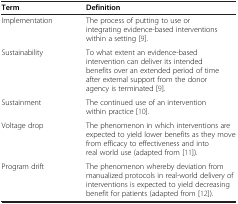
<table><thead><tr><td><b>Term</b></td><td><b>Definition</b></td></tr></thead><tbody><tr><td>Implementation</td><td>The process of putting to use or integrating evidence-based interventions within a setting [9].</td></tr><tr><td>Sustainability</td><td>To what extent an evidence-based intervention can deliver its intended benefits over an extended period of time after external support from the donor agency is terminated [9].</td></tr><tr><td>Sustainment</td><td>The continued use of an intervention within practice [10].</td></tr><tr><td>Voltage drop</td><td>The phenomenon in which interventions are expected to yield lower benefits as they move from efficacy to effectiveness and into real world use (adapted from [11]).</td></tr><tr><td>Program drift</td><td>The phenomenon whereby deviation from manualized protocols in real-world delivery of interventions is expected to yield decreasing benefit for patients (adapted from [12]).</td></tr></tbody></table>